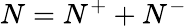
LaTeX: N=N^{+}+N^{-}